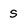
Character: S